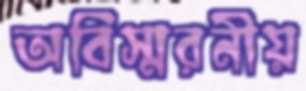
অবিস্মরনীয়